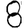
Digit: 8